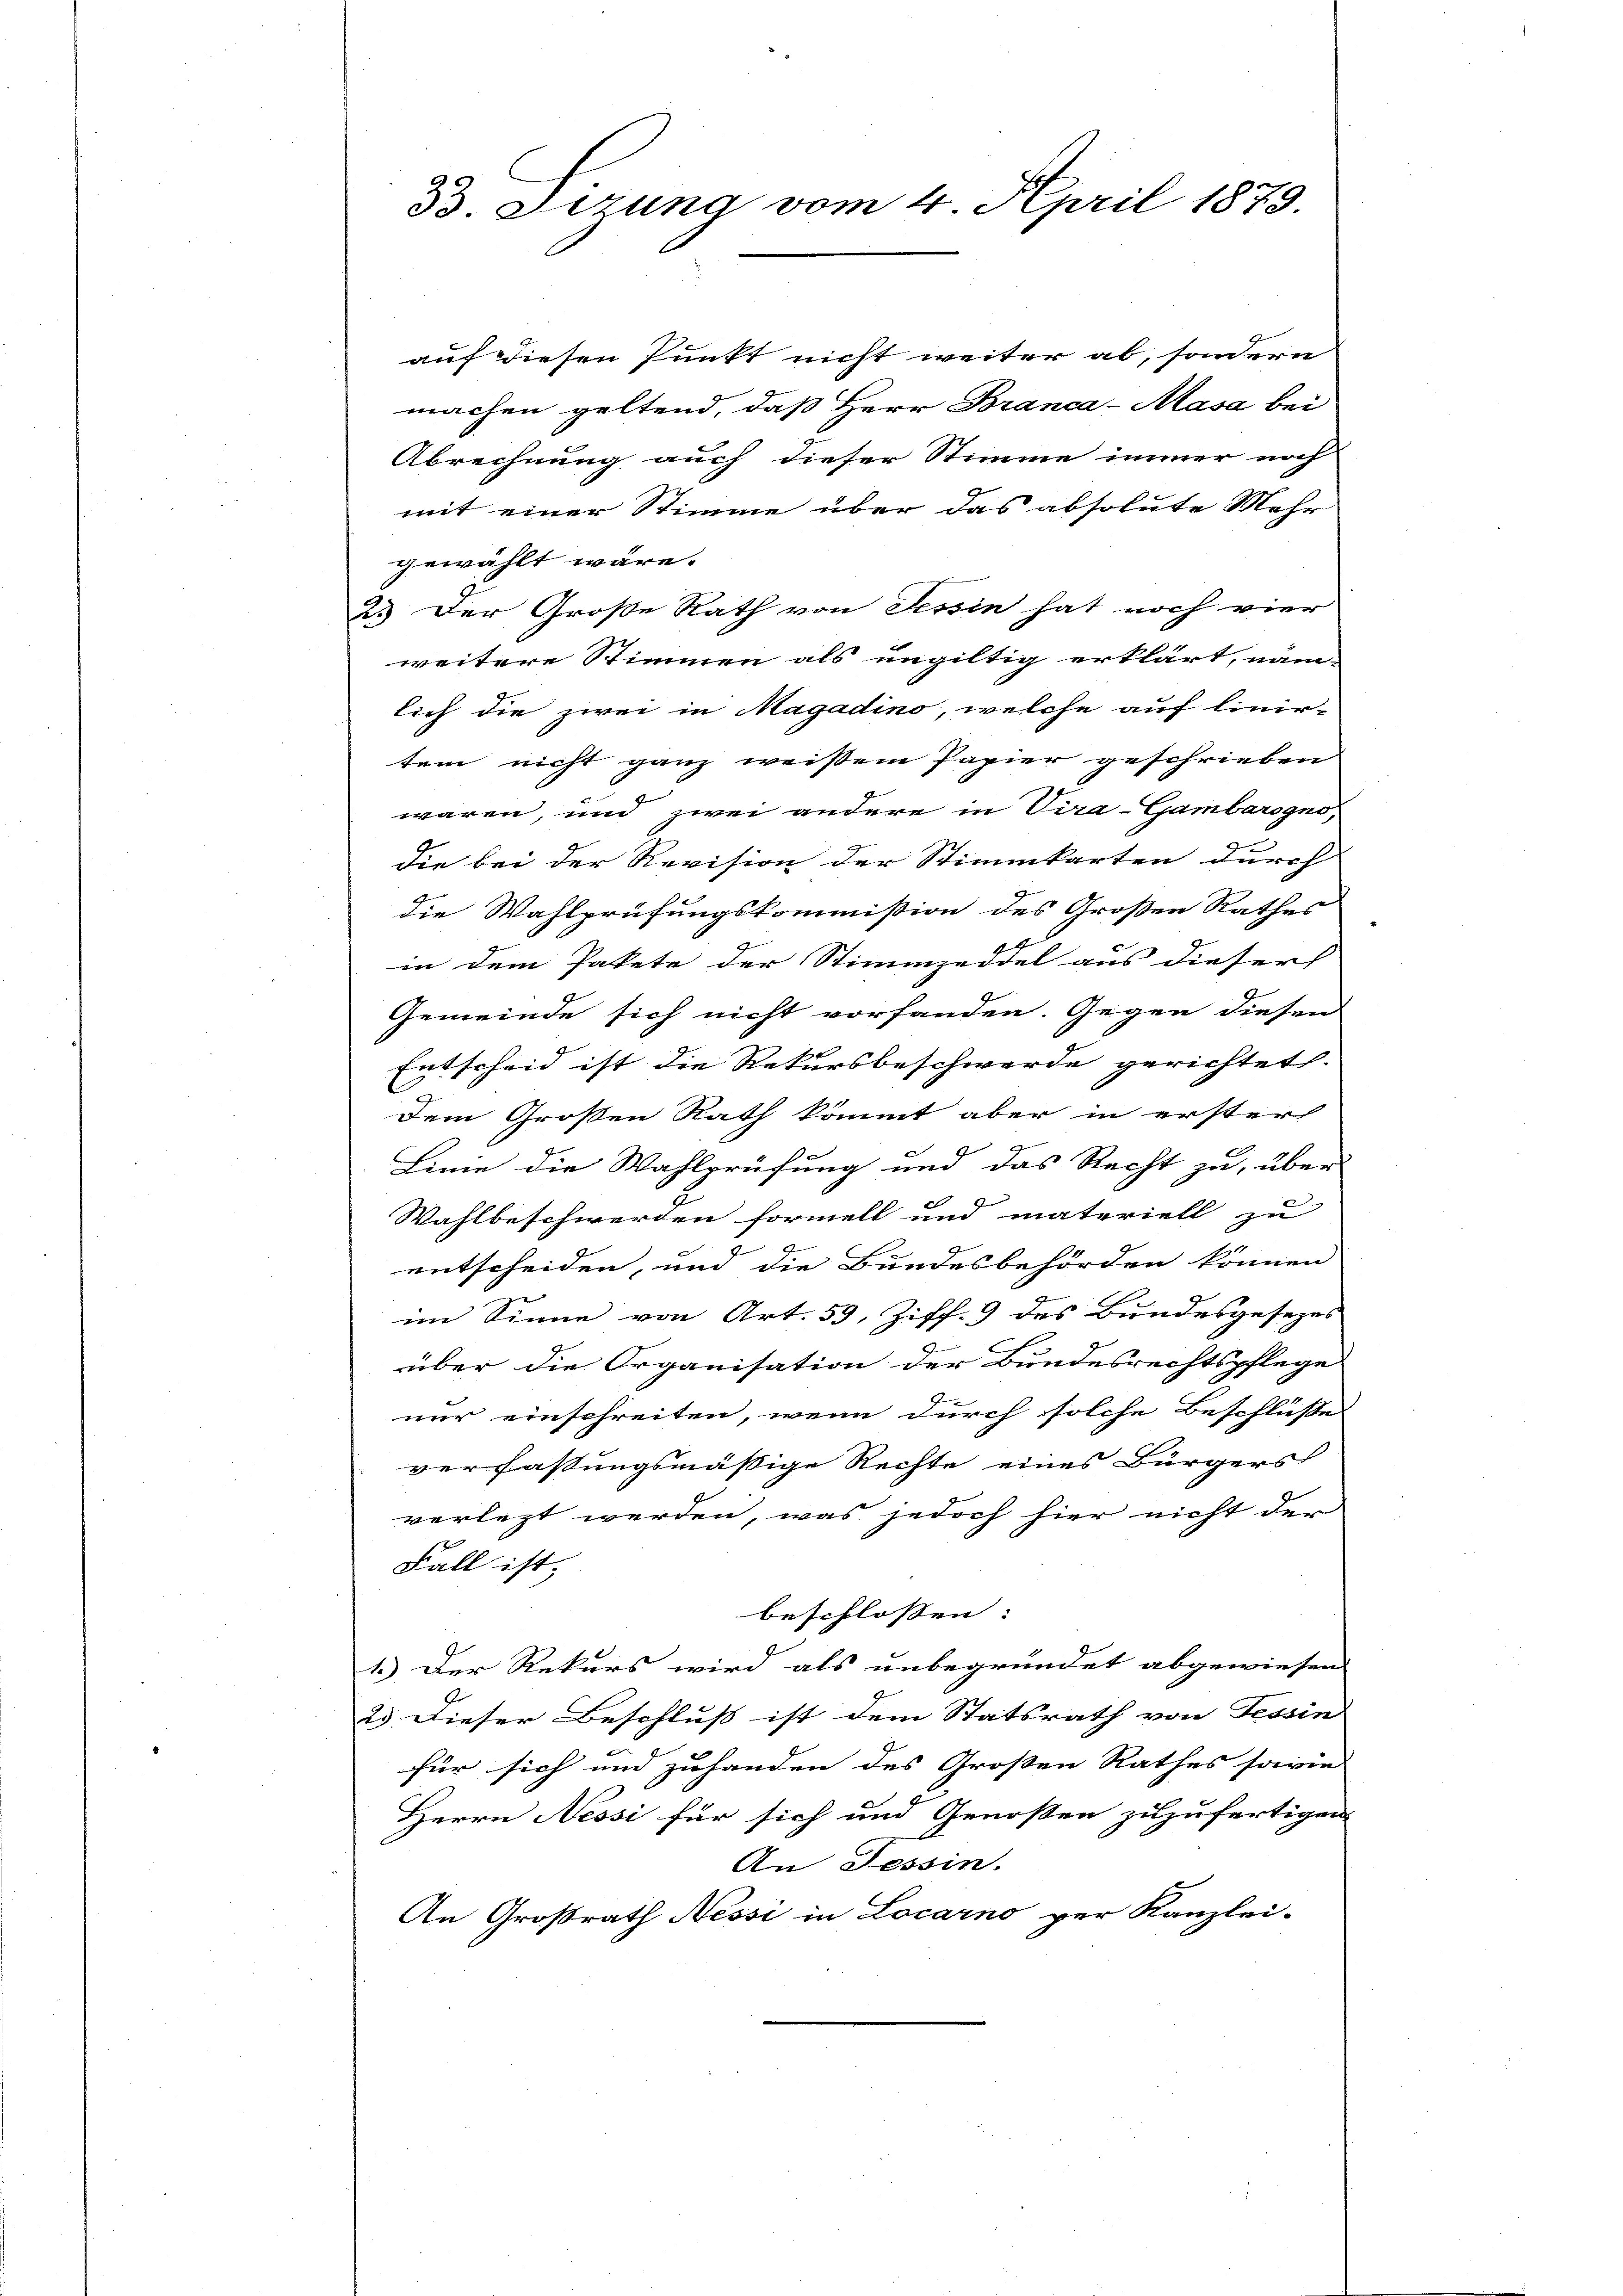
33. Ferung vom 4. April 1879.

auf diesen Punkt nicht weiter ab, sondern
machen geltend, daß Herr Branca-Masa bei
Abrechnung auch dieser Stimme immer noch
mit einer Stimme über das absolute Mehr
gewählt wäre.
2.) Der Große Rath von Tessin hat noch vier
weitere Stimmen als ungültig erklärt, näm-
lich die zwei in Magadino, welche auf linir-
tem nicht ganz weissem Papier geschrieben
waren, und zwei andere in Cira-Gambarogno,
die bei der Revision der Stimmkarten durch
die Wahlprüfungskommission des Großen Rathes
in dem Pakete der Stimmzeddel aus dieser
Gemeinde sich nicht vorfanden. Gegen diesen
Entscheid ist die Rekursbeschwerde gerichtet.
Dem Großen Rath kommt aber in erster
Linie die Wahlprüfung und das Recht zu, über
B
Wahlbeschwerden formell und materiell zu
entscheiden, und die Bundesbehörden können
im Sinne von Art. 59, Ziff. 9 des Bundesgesezes
über die Organisation der Bundesrechtspflege
nur einschreiten, wenn durch solche Beschlüsse
verfassungsmässige Rechte eines Bürgers
verlezt werden, was jedoch hier nicht der
Fall ist.
beschlossen: |
1.) Der Rekurs wird als unbegründet abgewiesen
23. Dieser Beschluss ist dem Statsrath von Tessin
für sich und zuhanden des Großen Rathes sowie
Herrn Nessi für sich und Genoßen zuzufertigen.
An Tessin.
An Großrath Nessi in Locarno per Kanzlei-